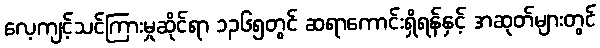
လေ့ကျင့်သင်ကြားမှုဆိုင်ရာ ၁၃၆၅တွင် ဆရာကောင်းရှိရန်နှင့် အဆုတ်များတွင်